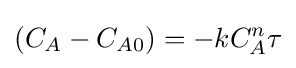
(C_{A}-C_{A0})=-kC_{A}^{n}\tau